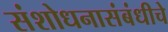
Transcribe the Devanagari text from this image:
संशोधनासंबंधीचे